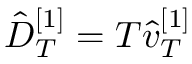
\hat { D } _ { T } ^ { [ 1 ] } = T \hat { v } _ { T } ^ { [ 1 ] }